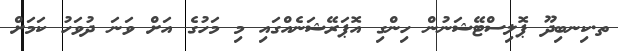
ތ.ކިނބިދޫ ޕޮލިސްޓޭޝަނުން ހިންގި އޮޕަރޭޝަނެއްގައި މި މަހުގެ އަށް ވަނަ ދުވަހު ކަމަށް